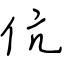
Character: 伉